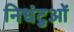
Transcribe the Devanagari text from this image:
निधंटुओं